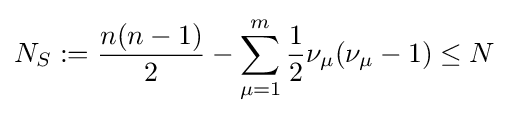
N_{S}:={\frac {n(n-1)}{2}}-\sum _{\mu =1}^{m}{\frac {1}{2}}\nu _{\mu }(\nu _{\mu }-1)\leq N